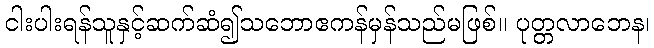
ငါးပါးရန်သူနှင့်ဆက်ဆံ၍သဘောဧကန်မှန်သည်မဖြစ်။ ပုတ္တလာဘေန၊